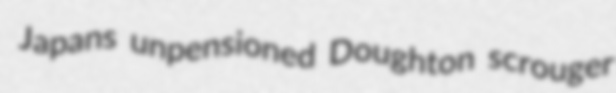
Japans unpensioned Doughton scrouger